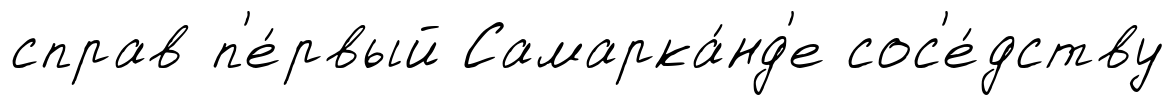
справ п'е́рвый Самарка́нд'е сос'е́дству